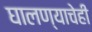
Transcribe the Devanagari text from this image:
घालण्‍याचेही